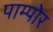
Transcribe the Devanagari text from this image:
पाम्पोर